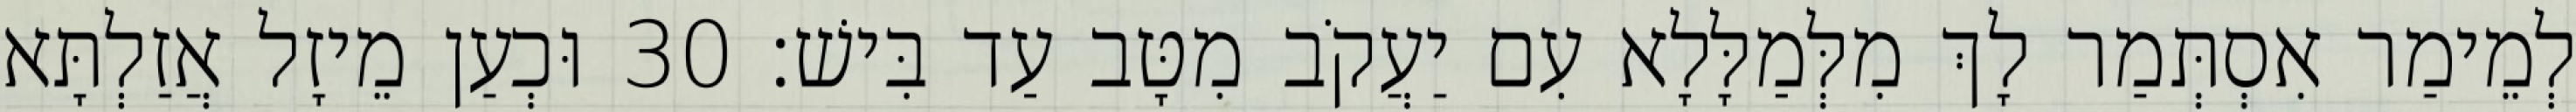
לְמֵימַר אִסְתְּמַר לָךְ מִלְּמַלָּלָא עִם יַעֲקֹב מִטָּב עַד בִּישׁ׃ 30 וּכְעַן מֵיזָל אֲזַלְתָּא